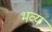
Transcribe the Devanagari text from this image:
भव्यं